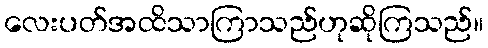
လေးပတ်အထိသာကြာသည်ဟုဆိုကြသည်။